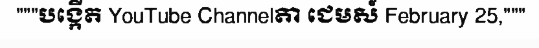
"""បង្កើត YouTube Channelតា ជេមស៍ February 25,"""